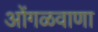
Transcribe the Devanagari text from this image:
ओंगळवाणा